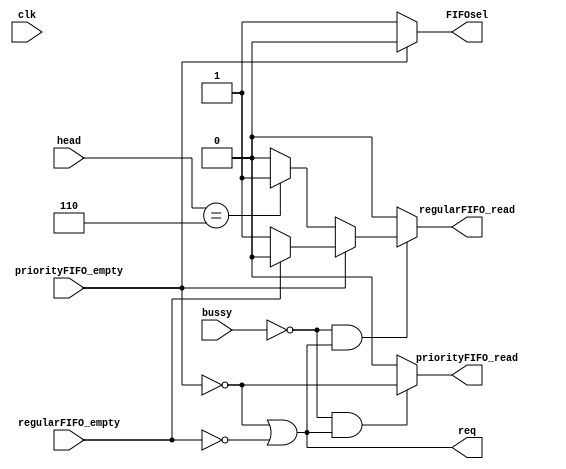


module FIFO_readctrl(
	clk,
	head,
	regularFIFO_empty,
	priorityFIFO_empty,
	bussy,
	req,
	regularFIFO_read,
	priorityFIFO_read,
	FIFOsel);
	
input clk;
input regularFIFO_empty;
input priorityFIFO_empty;
input bussy;
input [2:0] head;
output reg regularFIFO_read;
output wire priorityFIFO_read;
output wire req;
output wire FIFOsel;

assign FIFOsel=(!priorityFIFO_empty)?1:0;
assign req=(!priorityFIFO_empty)|(!regularFIFO_empty);
assign priorityFIFO_read=(!bussy&req)?(!priorityFIFO_empty):0;

always@(*)
begin
	if((!bussy)&&req) 
	begin
		if(!priorityFIFO_empty) regularFIFO_read<=(head==3'b110)?1:0;
		else regularFIFO_read<=regularFIFO_empty?0:1;
	end
	else regularFIFO_read<=0;
end

endmodule